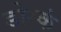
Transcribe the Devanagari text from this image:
डोस्कं